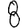
Digit: 8